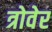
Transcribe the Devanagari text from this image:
त्रोवेर